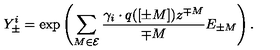
Y _ { \pm } ^ { i } = \exp \left( \sum _ { M \in \cal E } \frac { \gamma _ { i } \cdot q ( [ \pm M ] ) z ^ { \mp M } } { \mp M } E _ { \pm M } \right) .